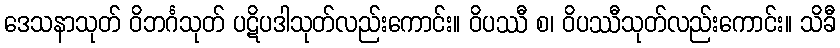
ဒေသနာသုတ် ဝိဘင်္ဂသုတ် ပဋိပဒါသုတ်လည်းကောင်း။ ဝိပဿီ စ၊ ဝိပဿီသုတ်လည်းကောင်း။ သိခီ